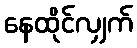
နေထိုင်လျှက်